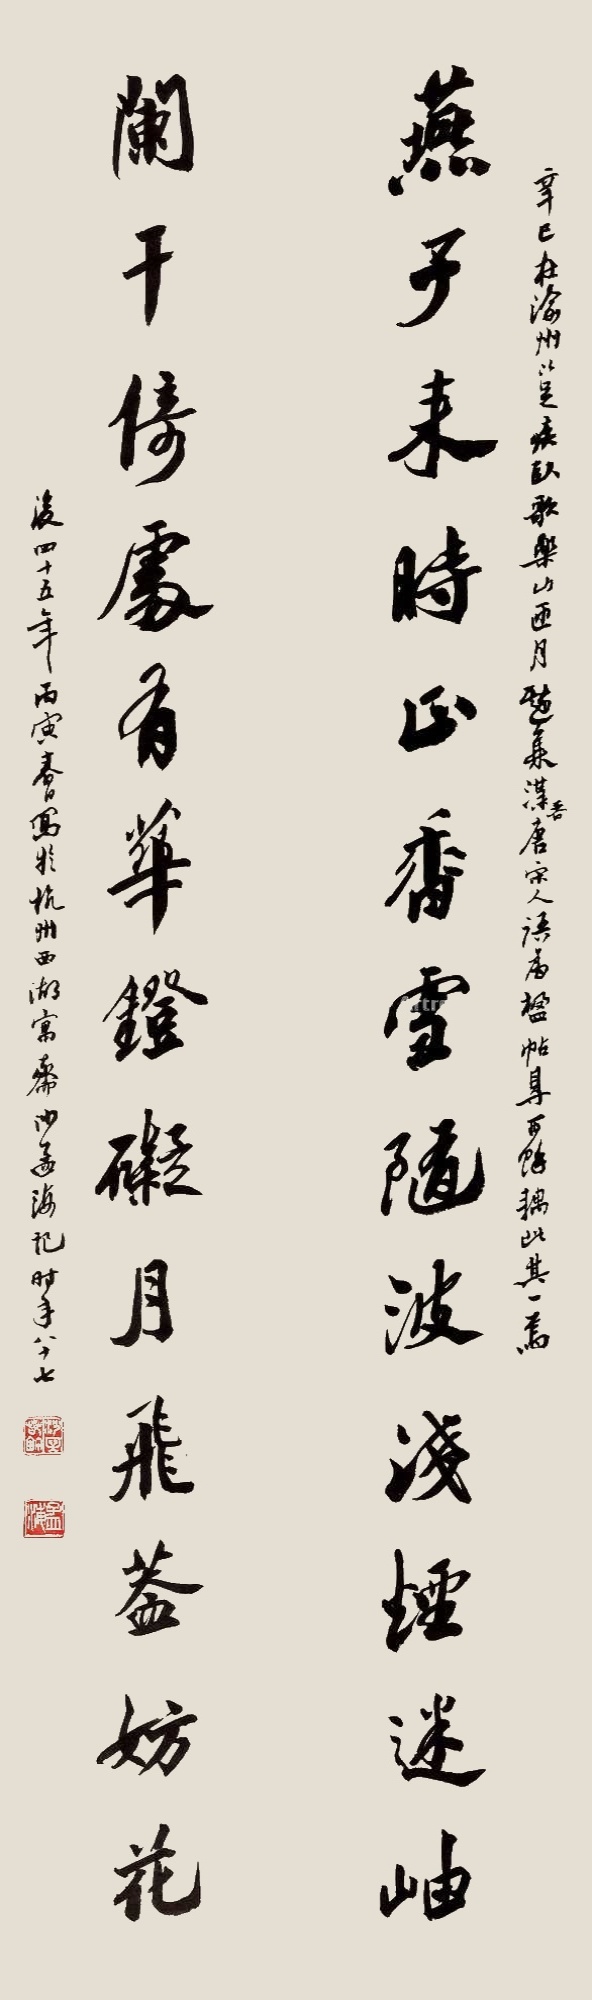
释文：燕子来时正香雪随波浅烟迷岫，阑干倚处有华灯碍月飞盖妨花。辛巳在渝州，以足疾卧歌乐山，匝月戏集湈香唐宋人语，为楹帖得西余耦，此其一焉。后四十五年，丙寅春日写于杭州西湖寓斋，沙孟海记，时年八十七。